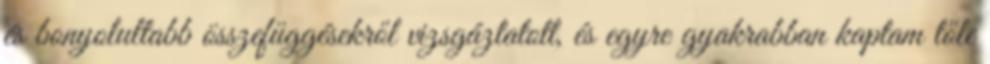
és bonyolultabb összefüggésekről vizsgázta­tott, és egyre gyakrabban kaptam tőle